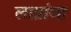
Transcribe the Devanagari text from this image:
लाग्रांज्ह